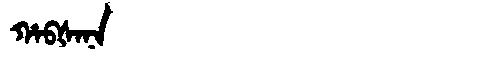
Manchu: ᡥᠠᠪᡧᠠᠨᠠ
Romanization: HABŠANA